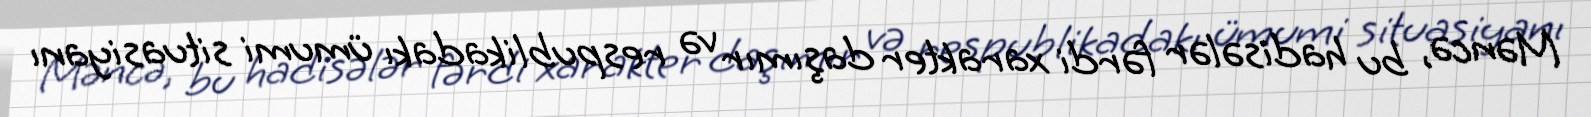
Məncə, bu hadisələr fərdi xarakter daşımır və respublikadakı ümumi situasiyanı